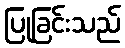
ပြုခြင်းသည်